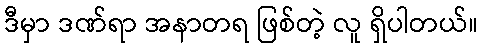
ဒီမှာ ဒဏ်ရာ အနာတရ ဖြစ်တဲ့ လူ ရှိပါတယ်။